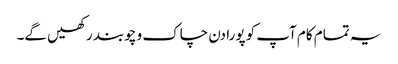
یہ تمام کام آپ کو پورا دن چاک و چوبند رکھیں گے۔